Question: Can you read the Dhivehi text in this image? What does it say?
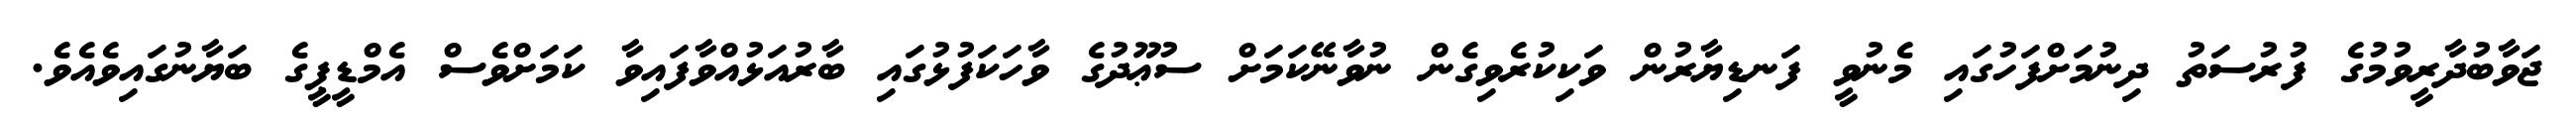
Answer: ޖަވާބުދާރީވުމުގެ ފުރުސަތު ދިނުމަށްފަހުގައި މެނުވީ ފަނޑިޔާރުން ވަކިކުރެވިގެން ނުވާނޭކަމަށް ސުޢޫދުގެ ވާހަކަފުޅުގައި ބާރުއަޅުއްވާފައިވާ ކަމަށްވެސް އެމްޑީޕީގެ ބަޔާނުގައިވެއެވެ.